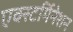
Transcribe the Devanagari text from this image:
एक्स्टर्मिनेशन